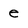
Character: e